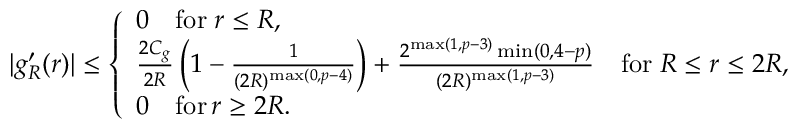
| g _ { R } ^ { \prime } ( r ) | \leq \left\{ \begin{array} { l l } { 0 \quad \mathrm { f o r } \; r \leq R , } \\ { \frac { 2 C _ { g } } { 2 R } \left( 1 - \frac { 1 } { ( 2 R ) ^ { \operatorname* { m a x } ( 0 , p - 4 ) } } \right) + \frac { 2 ^ { \operatorname* { m a x } ( 1 , p - 3 ) } \operatorname* { m i n } ( 0 , 4 - p ) } { ( 2 R ) ^ { \operatorname* { m a x } ( 1 , p - 3 ) } } \quad \mathrm { f o r } \; R \leq r \leq 2 R , } \\ { 0 \quad \mathrm { f o r } \, r \geq 2 R . } \end{array} \right.